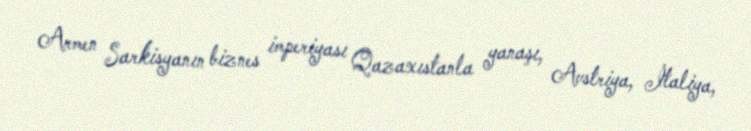
Armen Sarkisyanın biznes imperiyası Qazaxıstanla yanaşı, Avstriya, İtaliya,